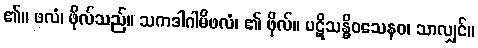
၏။ ဖလံ၊ ဖိုလ်သည်။ သကဒါဂါမိဖလံ၊ ၏ ဖိုလ်။ ပဋိသန္ဓိဝသေနဝ၊ သာလျှင်။